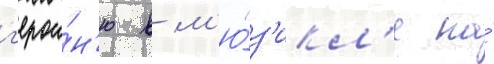
г'ерои́н'ю в м'ю́з'икл'е на́